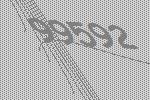
99592